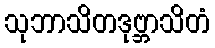
သုဘာသိတဒုဗ္ဘာသိတံ